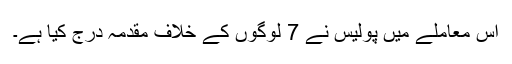
اس معاملے میں پولیس نے 7 لوگوں کے خلاف مقدمہ درج کیا ہے۔